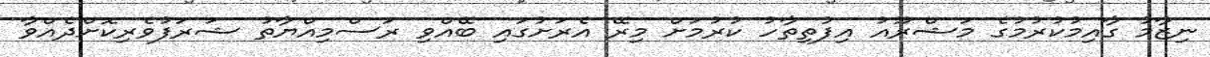
ނިޒާމު ގާއިމުކުރުމުގެ މަޝްރޫއު އިފުތިތާހު ކުރުމަށް މިރޭ އެރަށުގައި ބޭއްވި ރަސްމިއްޔާތު ޝަރަފުވެރިކޮށްދެއްވާ